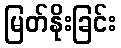
မြတ်နိုးခြင်း